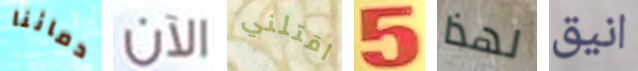
دمائنا الآن اقتلني 5 لهذا انيق